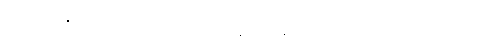
ဓမ္မတာဂုဏ်တော်ကို။ ပရိဒီပယမာနေန၊ ထင်ရှားပြတော်မူသော။ ဘဂဝတာ၊